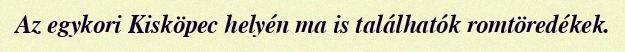
Az egykori Kisköpec helyén ma is találhatók romtöredékek.